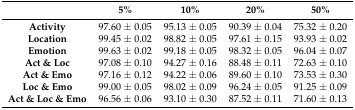
<table><thead><tr><td></td><td><b>5%</b></td><td><b>10%</b></td><td><b>20%</b></td><td><b>50%</b></td></tr></thead><tbody><tr><td><b>Activity</b></td><td>97.60 ± 0.05</td><td>95.13 ± 0.05</td><td>90.39 ± 0.04</td><td>75.32 ± 0.20</td></tr><tr><td><b>Location</b></td><td>99.45 ± 0.02</td><td>98.82 ± 0.05</td><td>97.61 ± 0.15</td><td>93.93 ± 0.02</td></tr><tr><td><b>Emotion</b></td><td>99.63 ± 0.02</td><td>99.18 ± 0.05</td><td>98.32 ± 0.05</td><td>96.04 ± 0.07</td></tr><tr><td><b>Act &amp; Loc</b></td><td>97.08 ± 0.10</td><td>94.27 ± 0.16</td><td>88.48 ± 0.11</td><td>72.63 ± 0.10</td></tr><tr><td><b>Act &amp; Emo</b></td><td>97.16 ± 0.12</td><td>94.22 ± 0.06</td><td>89.60 ± 0.10</td><td>73.53 ± 0.30</td></tr><tr><td><b>Loc &amp; Emo</b></td><td>99.00 ± 0.05</td><td>98.02 ± 0.09</td><td>96.24 ± 0.05</td><td>91.25 ± 0.09</td></tr><tr><td><b>Act &amp; Loc &amp; Emo</b></td><td>96.56 ± 0.06</td><td>93.10 ± 0.30</td><td>87.52 ± 0.11</td><td>71.60 ± 0.13</td></tr></tbody></table>